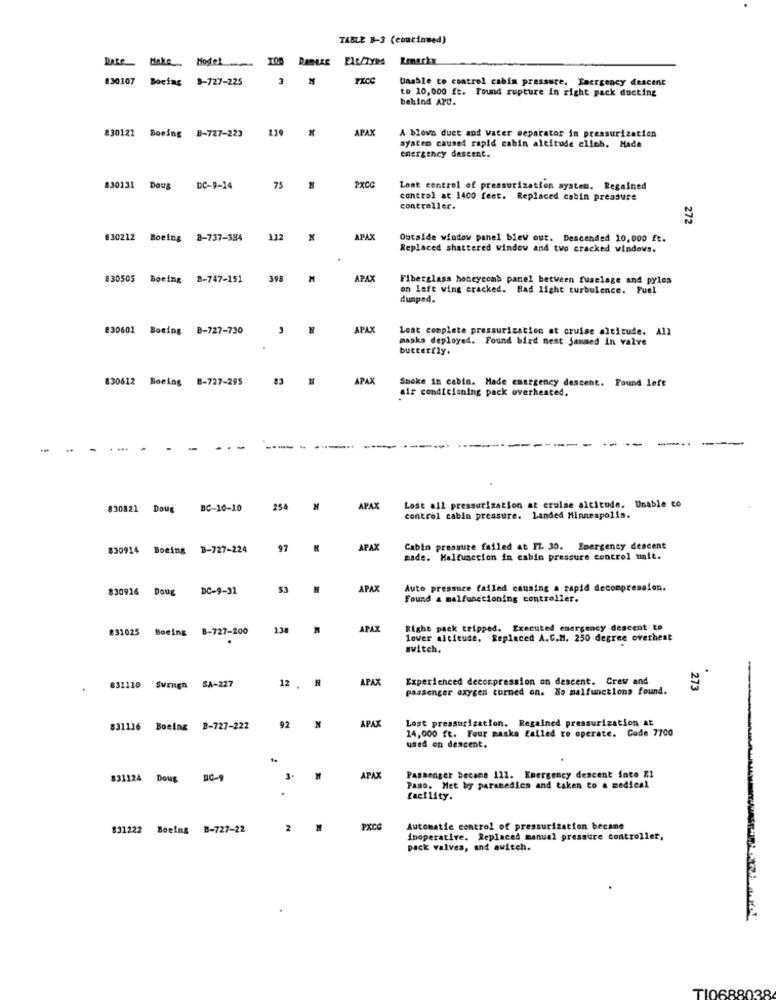
TABLE B-3 (continued)
take Model
Elt/Typs
830107 Bocing 3-727-225
PROC
Uaable to control cabin pressure. Emergency descent
to 10,000 ft. Found rupture in right pack ducting
behind APU.
139
APAX
A blown duct and Vater separator in pressurization
830122 Boring B-727-223
system caused rapid cabin altitude clieb. Hade
emergency deseent.
830131 Doug
DC-9-14
75
PXCC
Lost control of pressurization system. Regained
control at 1400 feet. Replaced cabin preasure
controller.
272
830212
Boeing
8-737-384
1.12
APAX
Outside window panel blev out. Descended 10,000 ft.
Replaced shattered window and two cracked windows.
830505 Boeing 8-747-151
398
M
APAX
Fiberglass honeycomb panel between fuselage and pylon
on left wing cracked. Had light turbulence. Fuel
dumped.
830601 Boeing B-727-730
APAX
Loat complete pressurization at cruise altitude. A
masks deployed. Found bird nest janmed in valve
butterfly.
830612 Boeing B-727-295
83
APAX
Smoke in cabin. Made emergency descent. Found left
air conditioning pack overheated.
....
830821 Doug
DC-10-10
254
APAX
Lost all pressurization at cruise altitude. Unable to
control cabin pressure. Landed Minneapolis.
830914 Boeing B-727-224
97
APAX
Cabin pressure failed at Fl. 30. Emergency descent
made. Malfunction in cabin pressure control unit.
830916 Doug DC-9-31
53
APAX
Auto pressure failed causing a rapid decompression.
Found & malfunctioning controller.
831025 Boeing 8-727-200
138
PAX
Righe pack tripped. Executed energency descent to
lover altitude. Replaced A.C.M. 250 degree overheat
switch.
12 . N
APAX
Experichced decompression on descent. Crew and
273
832110 Swingn SA-227
passenger oxygen turned on. So malfunctions found.
APAX
Lost pressurization. Regained pressurization at
831116 Boeing 8-727-222
92
N
14,000 ft. Four maska failed to operate. Code 7700
used on descent.
we
831124 Doug 0-9
APAX
Passenger became 111. Emergency descent into Z1
Paso. Met by paramedics and taken to a medical
facility.
831222 Boeing B-727-22
2
PXCO
Automatic control of pressurization becane
inoperative. Replaced manual pressure controller,
pack valves, and awitch.
TI0688038